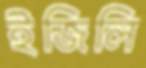
ইজিলি